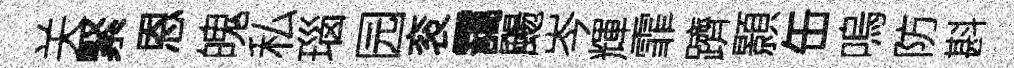
关緊恩魄私瑙园衮靄颺岑輝霏躋顥缶嗚防斟